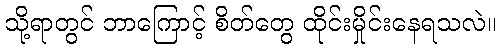
သို့ရာတွင် ဘာကြောင့် စိတ်တွေ ထိုင်းမှိုင်းနေရသလဲ။